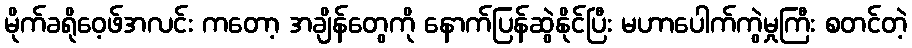
မိုက်ခရိုဝေ့ဖ်အလင်း ကတော့ အချိန်တွေကို နောက်ပြန်ဆွဲနိုင်ပြီး မဟာပေါက်ကွဲမှုကြီး စတင်တဲ့